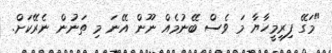
"މަގޭ ފިރިމީހާޔާ މަ ވެސް ބޭނުމެއް ނޫން އޭނަ މި ތަނުން ނެރޭކަށް.